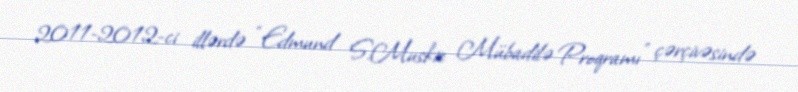
2011-2012-ci illərdə “Edmund S.Muskie Mübadilə Proqramı" çərçivəsində